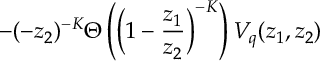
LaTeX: - ( - z _ { 2 } ) ^ { - K } \Theta \left( \Big ( 1 - \frac { z _ { 1 } } { z _ { 2 } } \Big ) ^ { - K } \right) V _ { q } ( z _ { 1 } , z _ { 2 } )